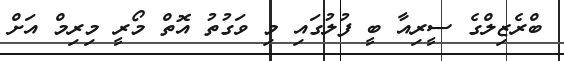
ބްރެޒިލްގެ ސީރިއާ ބީ ފުލުގައި މި ވަގުތު އޮތް މޯރީ މިރިމް އަށް